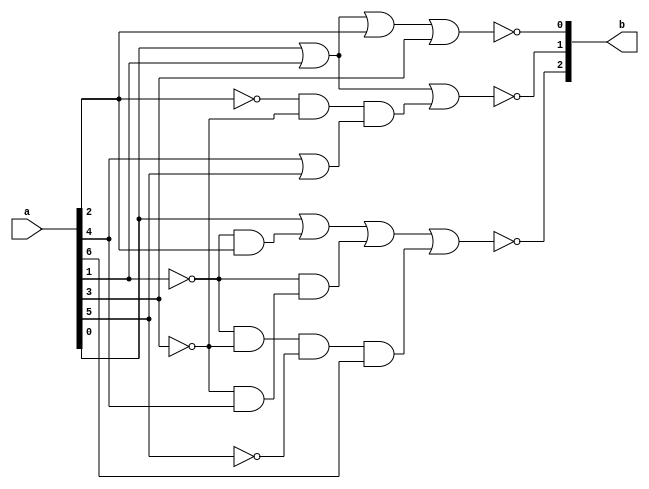
module priority_encoder (
    a,b
);
input wire [7:0] a;
output reg [2:0] b;

always @(a) begin
    b[0] = ~(a[0] | a[1] | a[2] | a[3]);
     b[1] = ~((a[0] | a[1]) | ((~(a[2]) & ~(a[3])) & (a[4] | a[5] )));
    b[2] = ~(a[0] | ((~a[1]) & a[2])  | ((~a[1]) & (~(a[3])& a[4])) | (~a[1]&~a[3]&~a[5]&a[6]));
    
end

    
endmodule